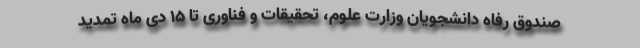
صندوق رفاه دانشجویان وزارت علوم، تحقیقات و فناوری تا ۱۵ دی ماه تمدید